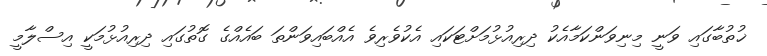
ޚުތުބާގައި ވަނީ މިނިވަންކަމާއެކު ދިރިއުޅުމަށްޓަކައި އެކުވެރިވެ އެއްބައިވަންތަ ބައެއްގެ ގޮތުގައި ދިރިއުޅުމަކީ އިސްލާމީ